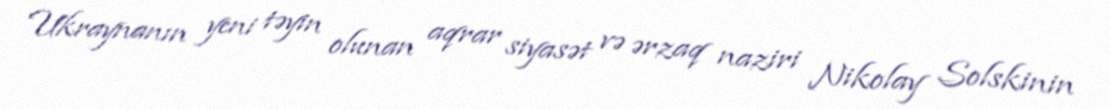
Ukraynanın yeni təyin olunan aqrar siyasət və ərzaq naziri Nikolay Solskinin